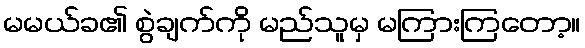
မမယ်ခ၏ စွဲချက်ကို မည်သူမှ မကြားကြတော့။